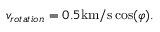
v _ { r o t a t i o n } = 0 . 5 \mathrm { k m / s } \cos ( \varphi ) .